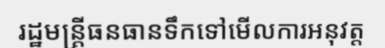
រដ្ឋមន្ត្រីធនធានទឹកទៅមើលការអនុវត្ត